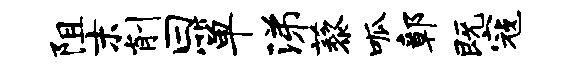
阻末削曰箪涕藜呱鄣既寇